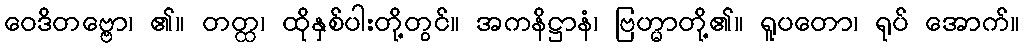
ဝေဒိတဗ္ဗော၊ ၏။ တတ္ထ၊ ထိုနှစ်ပါးတို့တွင်။ အကနိဋ္ဌာနံ၊ ဗြဟ္မာတို့၏။ ရူပတော၊ ရုပ် အောက်။